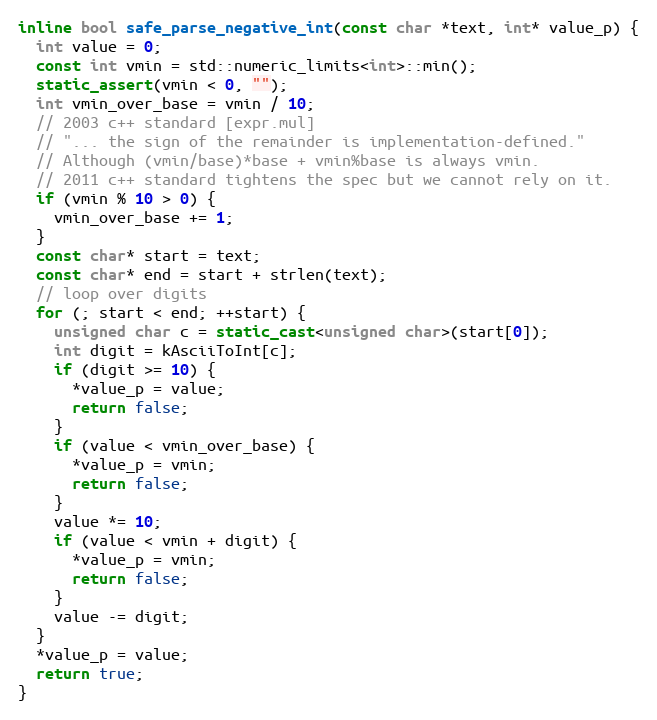
Language: C++
inline bool safe_parse_negative_int(const char *text, int* value_p) {
  int value = 0;
  const int vmin = std::numeric_limits<int>::min();
  static_assert(vmin < 0, "");
  int vmin_over_base = vmin / 10;
  // 2003 c++ standard [expr.mul]
  // "... the sign of the remainder is implementation-defined."
  // Although (vmin/base)*base + vmin%base is always vmin.
  // 2011 c++ standard tightens the spec but we cannot rely on it.
  if (vmin % 10 > 0) {
    vmin_over_base += 1;
  }
  const char* start = text;
  const char* end = start + strlen(text);
  // loop over digits
  for (; start < end; ++start) {
    unsigned char c = static_cast<unsigned char>(start[0]);
    int digit = kAsciiToInt[c];
    if (digit >= 10) {
      *value_p = value;
      return false;
    }
    if (value < vmin_over_base) {
      *value_p = vmin;
      return false;
    }
    value *= 10;
    if (value < vmin + digit) {
      *value_p = vmin;
      return false;
    }
    value -= digit;
  }
  *value_p = value;
  return true;
}